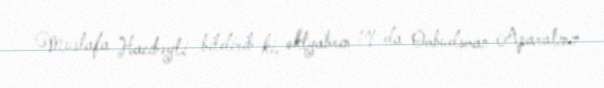
Mustafa Hacıbəyli bildirib ki, oktyabrın 19-da Ombudsman Aparatının